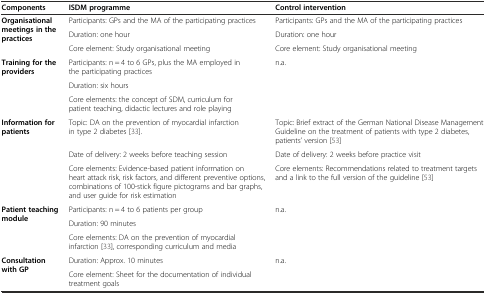
| Components | ISDM programme | Control intervention |
 | --- | --- | --- |
 | <ROWSPAN=3> Organisational meetings in the practices | Participants: GPs and the MA of the participating practices | Participants: GPs and the MA of the participating practices |
 | Duration: one hour | Duration: one hour |
 | Core element: Study organisational meeting | Core element: Study organisational meeting |
 | <ROWSPAN=3> Training for the providers | Participants: n = 4 to 6 GPs, plus the MA employed in the participating practices | <ROWSPAN=3> n.a. |
 | Duration: six hours |
 | Core elements: the concept of SDM, curriculum for patient teaching, didactic lectures and role playing |
 | <ROWSPAN=3> Information for patients | Topic: DA on the prevention of myocardial infarction in type 2 diabetes [33]. | Topic: Brief extract of the German National Disease Management Guideline on the treatment of patients with type 2 diabetes, patients’ version [53] |
 | Date of delivery: 2 weeks before teaching session | Date of delivery: 2 weeks before practice visit |
 | Core elements: Evidence-based patient information on heart attack risk, risk factors, and different preventive options, combinations of 100-stick figure pictograms and bar graphs, and user guide for risk estimation | Core elements: Recommendations related to treatment targets and a link to the full version of the guideline [53] |
 | <ROWSPAN=3> Patient teaching module | Participants: n = 4 to 6 patients per group | <ROWSPAN=3> n.a. |
 | Duration: 90 minutes |
 | Core elements: DA on the prevention of myocardial infarction [33], corresponding curriculum and media |
 | <ROWSPAN=2> Consultation with GP | Duration: Approx. 10 minutes | <ROWSPAN=2> n.a. |
 | Core element: Sheet for the documentation of individual treatment goals |